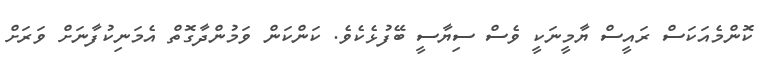
ކޮންމެއަކަސް ރައީސް ޔާމީނަކީ ވެސް ސިޔާސީ ބޭފުޅެކެވެ. ކަންކަން ވަމުންދާގޮތް އެމަނިކުފާނަށް ވަރަށް